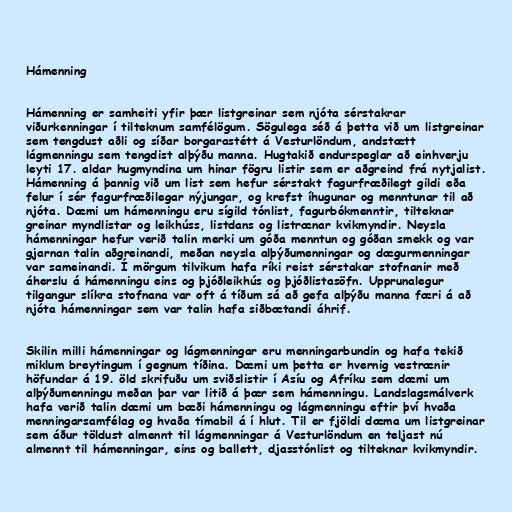
Hámenning

Hámenning er samheiti yfir þær listgreinar sem njóta sérstakrar
viðurkenningar í tilteknum samfélögum. Sögulega séð á þetta við um listgreinar
sem tengdust aðli og síðar borgarastétt á Vesturlöndum, andstætt
lágmenningu sem tengdist alþýðu manna. Hugtakið endurspeglar að einhverju
leyti 17. aldar hugmyndina um hinar fögru listir sem er aðgreind frá nytjalist.
Hámenning á þannig við um list sem hefur sérstakt fagurfræðilegt gildi eða
felur í sér fagurfræðilegar nýjungar, og krefst íhugunar og menntunar til að
njóta. Dæmi um hámenningu eru sígild tónlist, fagurbókmenntir, tilteknar
greinar myndlistar og leikhúss, listdans og listrænar kvikmyndir. Neysla
hámenningar hefur verið talin merki um góða menntun og góðan smekk og var
gjarnan talin aðgreinandi, meðan neysla alþýðumenningar og dægurmenningar
var sameinandi. Í mörgum tilvikum hafa ríki reist sérstakar stofnanir með
áherslu á hámenningu eins og þjóðleikhús og þjóðlistasöfn. Upprunalegur
tilgangur slíkra stofnana var oft á tíðum sá að gefa alþýðu manna færi á að
njóta hámenningar sem var talin hafa siðbætandi áhrif.

Skilin milli hámenningar og lágmenningar eru menningarbundin og hafa tekið
miklum breytingum í gegnum tíðina. Dæmi um þetta er hvernig vestrænir
höfundar á 19. öld skrifuðu um sviðslistir í Asíu og Afríku sem dæmi um
alþýðumenningu meðan þar var litið á þær sem hámenningu. Landslagsmálverk
hafa verið talin dæmi um bæði hámenningu og lágmenningu eftir því hvaða
menningarsamfélag og hvaða tímabil á í hlut. Til er fjöldi dæma um listgreinar
sem áður töldust almennt til lágmenningar á Vesturlöndum en teljast nú
almennt til hámenningar, eins og ballett, djasstónlist og tilteknar kvikmyndir.